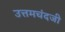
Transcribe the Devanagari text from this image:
उत्तमचंदजी